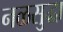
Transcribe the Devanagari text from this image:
नळसुद्धा